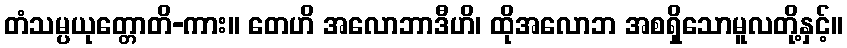
တံသမ္ပယုတ္တောတိ-ကား။ တေဟိ အလောဘာဒီဟိ၊ ထိုအလောဘ အစရှိသောမူလတို့နှင့်။